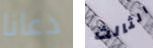
دعانا الثالث